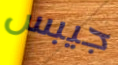
جيبس